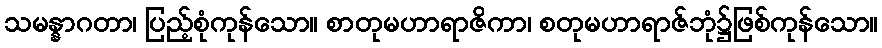
သမန္နာဂတာ၊ ပြည့်စုံကုန်သော။ စာတုမဟာရာဇိကာ၊ စတုမဟာရာဇ်ဘုံ၌ဖြစ်ကုန်သော။